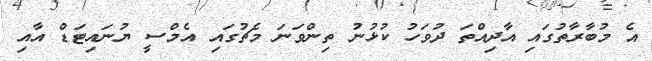
އެ މުބާރާތުގައި އާދިއްތަ ދުވަހު ކުޅުނު ތިންވަނަ މެޗުގައި އެމްސީ ޔުނައިޓަޑް އާއި